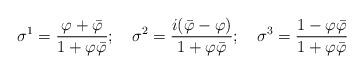
LaTeX: \begin{align*}\sigma^{1}=\frac{\varphi+\bar{\varphi}}{1+\varphi\bar{\varphi}};~~~\sigma^{2}=\frac{i(\bar{\varphi}-\varphi)}{1+\varphi\bar{\varphi}};~~~\sigma^{3}=\frac{1-\varphi\bar{\varphi}}{1+\varphi\bar{\varphi}}\end{align*}